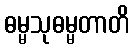
ဓမ္မသုဓမ္မတာတိ